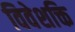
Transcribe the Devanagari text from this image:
विवेशक्ति